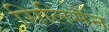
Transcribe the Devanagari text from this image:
सिलिमैन